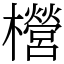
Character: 櫿